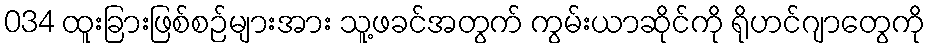
034 ထူးခြားဖြစ်စဉ်များအား သူ့ဖခင်အတွက် ကွမ်းယာဆိုင်ကို ရိုဟင်ဂျာတွေကို